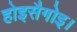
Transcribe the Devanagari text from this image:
होइसैगोइ।